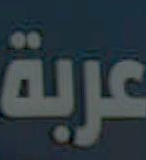
عربة